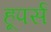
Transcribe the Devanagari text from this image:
हूपर्स